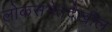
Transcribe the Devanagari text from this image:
लोकसभेतदेखील